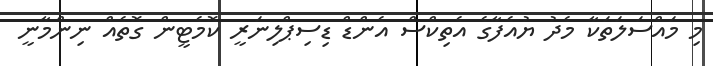
މި މައްސަލަތަކާ މެދު ޔުއެފާގެ އެތިކްސް އެންޑް ޑިސިޕްލިނަރީ ކޮމެޓީން ގޮތެއް ނިންމާނީ